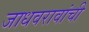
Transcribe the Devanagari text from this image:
जाधवरावांची